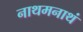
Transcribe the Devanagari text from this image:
नाथमनाथं